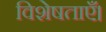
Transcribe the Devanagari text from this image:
विशेषताएँ।